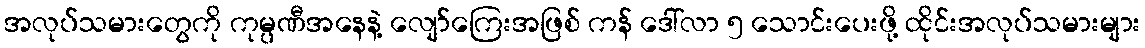
အလုပ်သမားတွေကို ကုမ္ပဏီအနေနဲ့ လျော်ကြေးအဖြစ် ကန် ဒေါ်လာ ၅ သောင်းပေးဖို့ ထိုင်းအလုပ်သမားများ